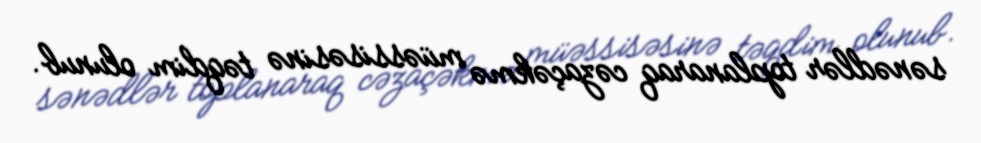
sənədlər toplanaraq cəzaçəkmə müəssisəsinə təqdim olunub.